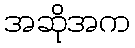
အဆိုအက